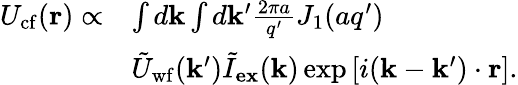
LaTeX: \begin{array}{rl}{U_{\mathrm{cf}}(\mathbf{r})\propto}&{\int d\mathbf{k}\int d\mathbf{k}^{\prime}\frac{2\pi a}{q^{\prime}}J_{1}(aq^{\prime})}\\ &{\tilde{U}_{\mathrm{wf}}(\mathbf{k}^{\prime})\tilde{I}_{\mathbf{ex}}(\mathbf{k})\exp\left[i(\mathbf{k}-\mathbf{k^{\prime}})\cdot\mathbf{r}\right].}\end{array}